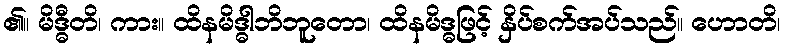
၏။ မိဒ္ဓီတိ၊ ကား။ ထိနမိဒ္ဓါဘိဘူတော၊ ထိနမိဒ္ဓဖြင့် နှိပ်စက်အပ်သည်။ ဟောတိ၊